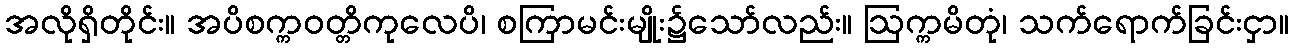
အလိုရှိတိုင်း။ အပိစက္ကဝတ္တိကုလေပိ၊ စကြာမင်းမျိုး၌သော်လည်း။ ဩက္ကမိတုံ၊ သက်ရောက်ခြင်းငှာ။